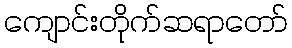
ကျောင်းတိုက်ဆရာတော်